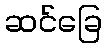
ဆင်ခြေ